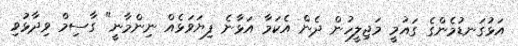
އަޅުގަނޑުމެންގެ ގައުމީ މަޖިލީހުން ދެން އެކަމާ އަޅާނެ ފިޔަވަޅެއް ނިންމާނީ" ގާސިމް ވިދާޅުވި